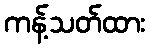
ကန့်သတ်ထား